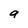
Character: a